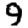
Digit: 9